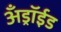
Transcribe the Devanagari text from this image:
अँड्रॉईड